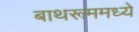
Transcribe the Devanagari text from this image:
बाथरूममध्ये